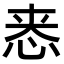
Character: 𫺁